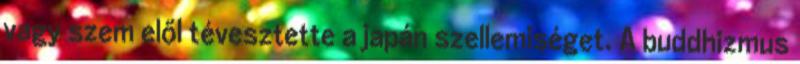
vagy szem elől tévesztette a japán szellemiséget. A buddhizmus